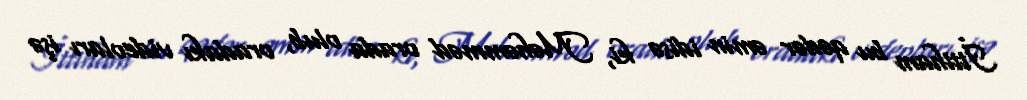
İttiham bu qədər əmin idisə ki, Məhəmməd orada olub, oradakı videoları işə